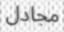
مجادل